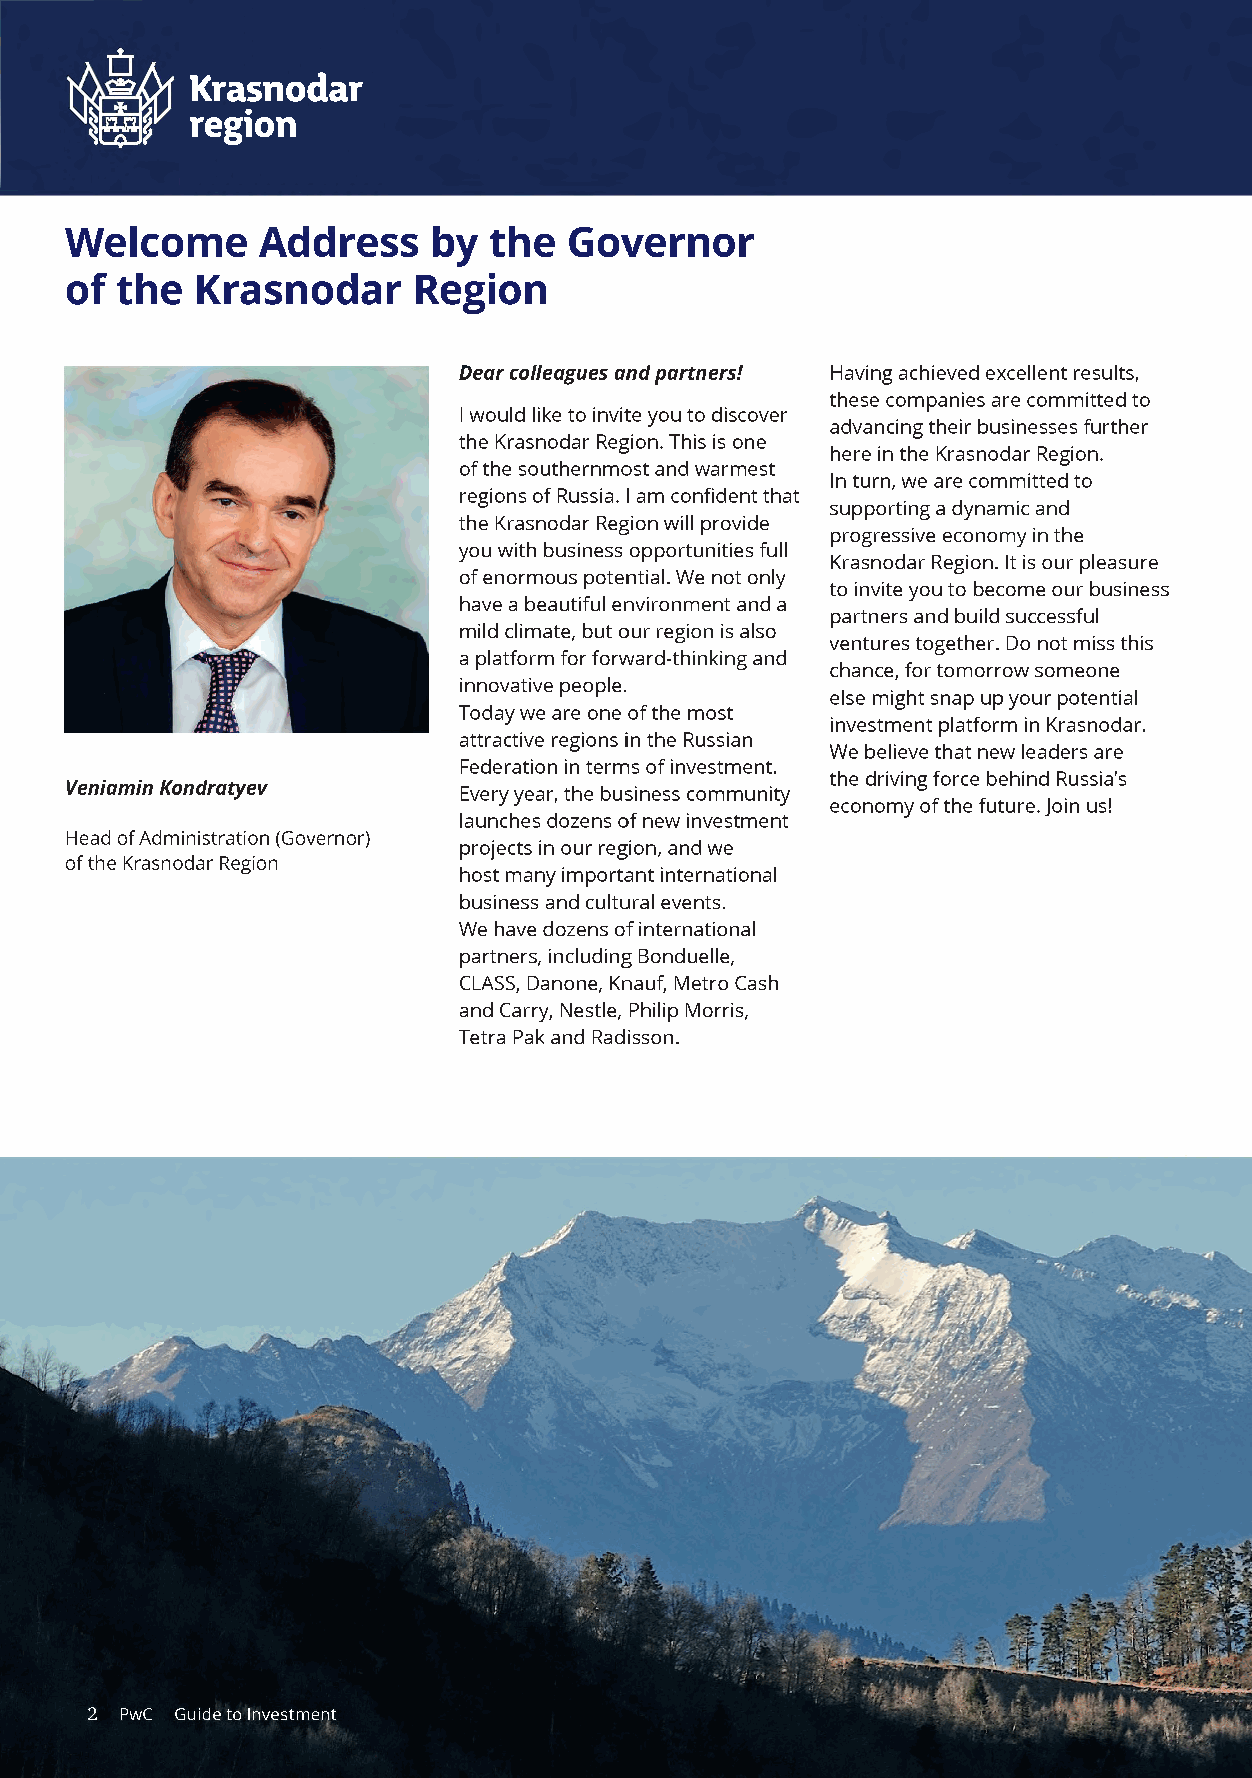
Krasnodar
 region
 Welcome      Address     by the   Governor
 of  the  Krasnodar      Region
 Dear colleagues and partners! Having achieved excellent results,
 these companies are committed to
 I would like to invite you to discover
 advancing their businesses further
 the Krasnodar Region. This is one
 here in the Krasnodar Region.
 of the southernmost and warmest
 In turn, we are committed to
 regions of Russia. I am confident that
 supporting a dynamic and
 the Krasnodar Region will provide
 progressive economy in the
 you with business opportunities full
 Krasnodar Region. It is our pleasure
 of enormous potential. We not only
 to invite you to become our business
 have a beautiful environment and a
 partners and build successful
 mild climate, but our region is also
 ventures together. Do not miss this
 a platform for forward-thinking and
 chance, for tomorrow someone
 innovative people.
 else might snap up your potential
 Today we are one of the most
 investment platform in Krasnodar.
 attractive regions in the Russian
 We believe that new leaders are
 Federation in terms of investment.
 the driving force behind Russia's
 Veniamin Kondratyev       Every year, the business community
 economy of the future. Join us!
 launches dozens of new investment
 Head of Administration (Governor)
 projects in our region, and we
 of the Krasnodar Region
 host many important international
 business and cultural events.
 We have dozens of international
 partners, including Bonduelle,
 CLASS, Danone, Knauf, Metro Cash
 and Carry, Nestle, Philip Morris,
 Tetra Pak and Radisson.